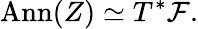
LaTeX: \mathrm{Ann}(Z)\simeq T^{*}{\mathcal F}.